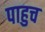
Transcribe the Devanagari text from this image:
पाहुच